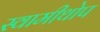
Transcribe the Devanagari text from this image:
स्वामीथोप